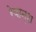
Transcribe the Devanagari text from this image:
रेयान्श